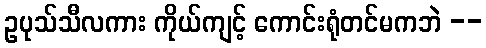
ဥပုသ်သီလကား ကိုယ်ကျင့် ကောင်းရုံတင်မကဘဲ --